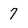
Character: 7